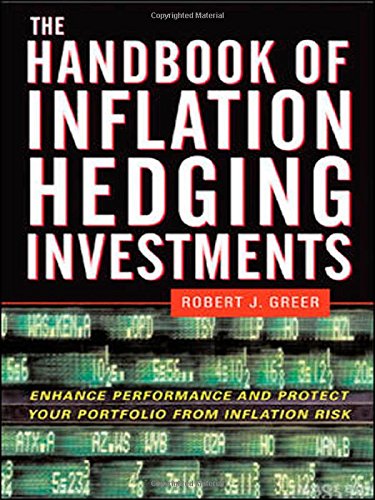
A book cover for The Handbook of Inflation Hedging Investments: Enhance Performance and Protect Your Portfolio from Inflation Risk; Robert Greer; Business & Money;